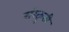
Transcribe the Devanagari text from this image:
संस्क्रुती